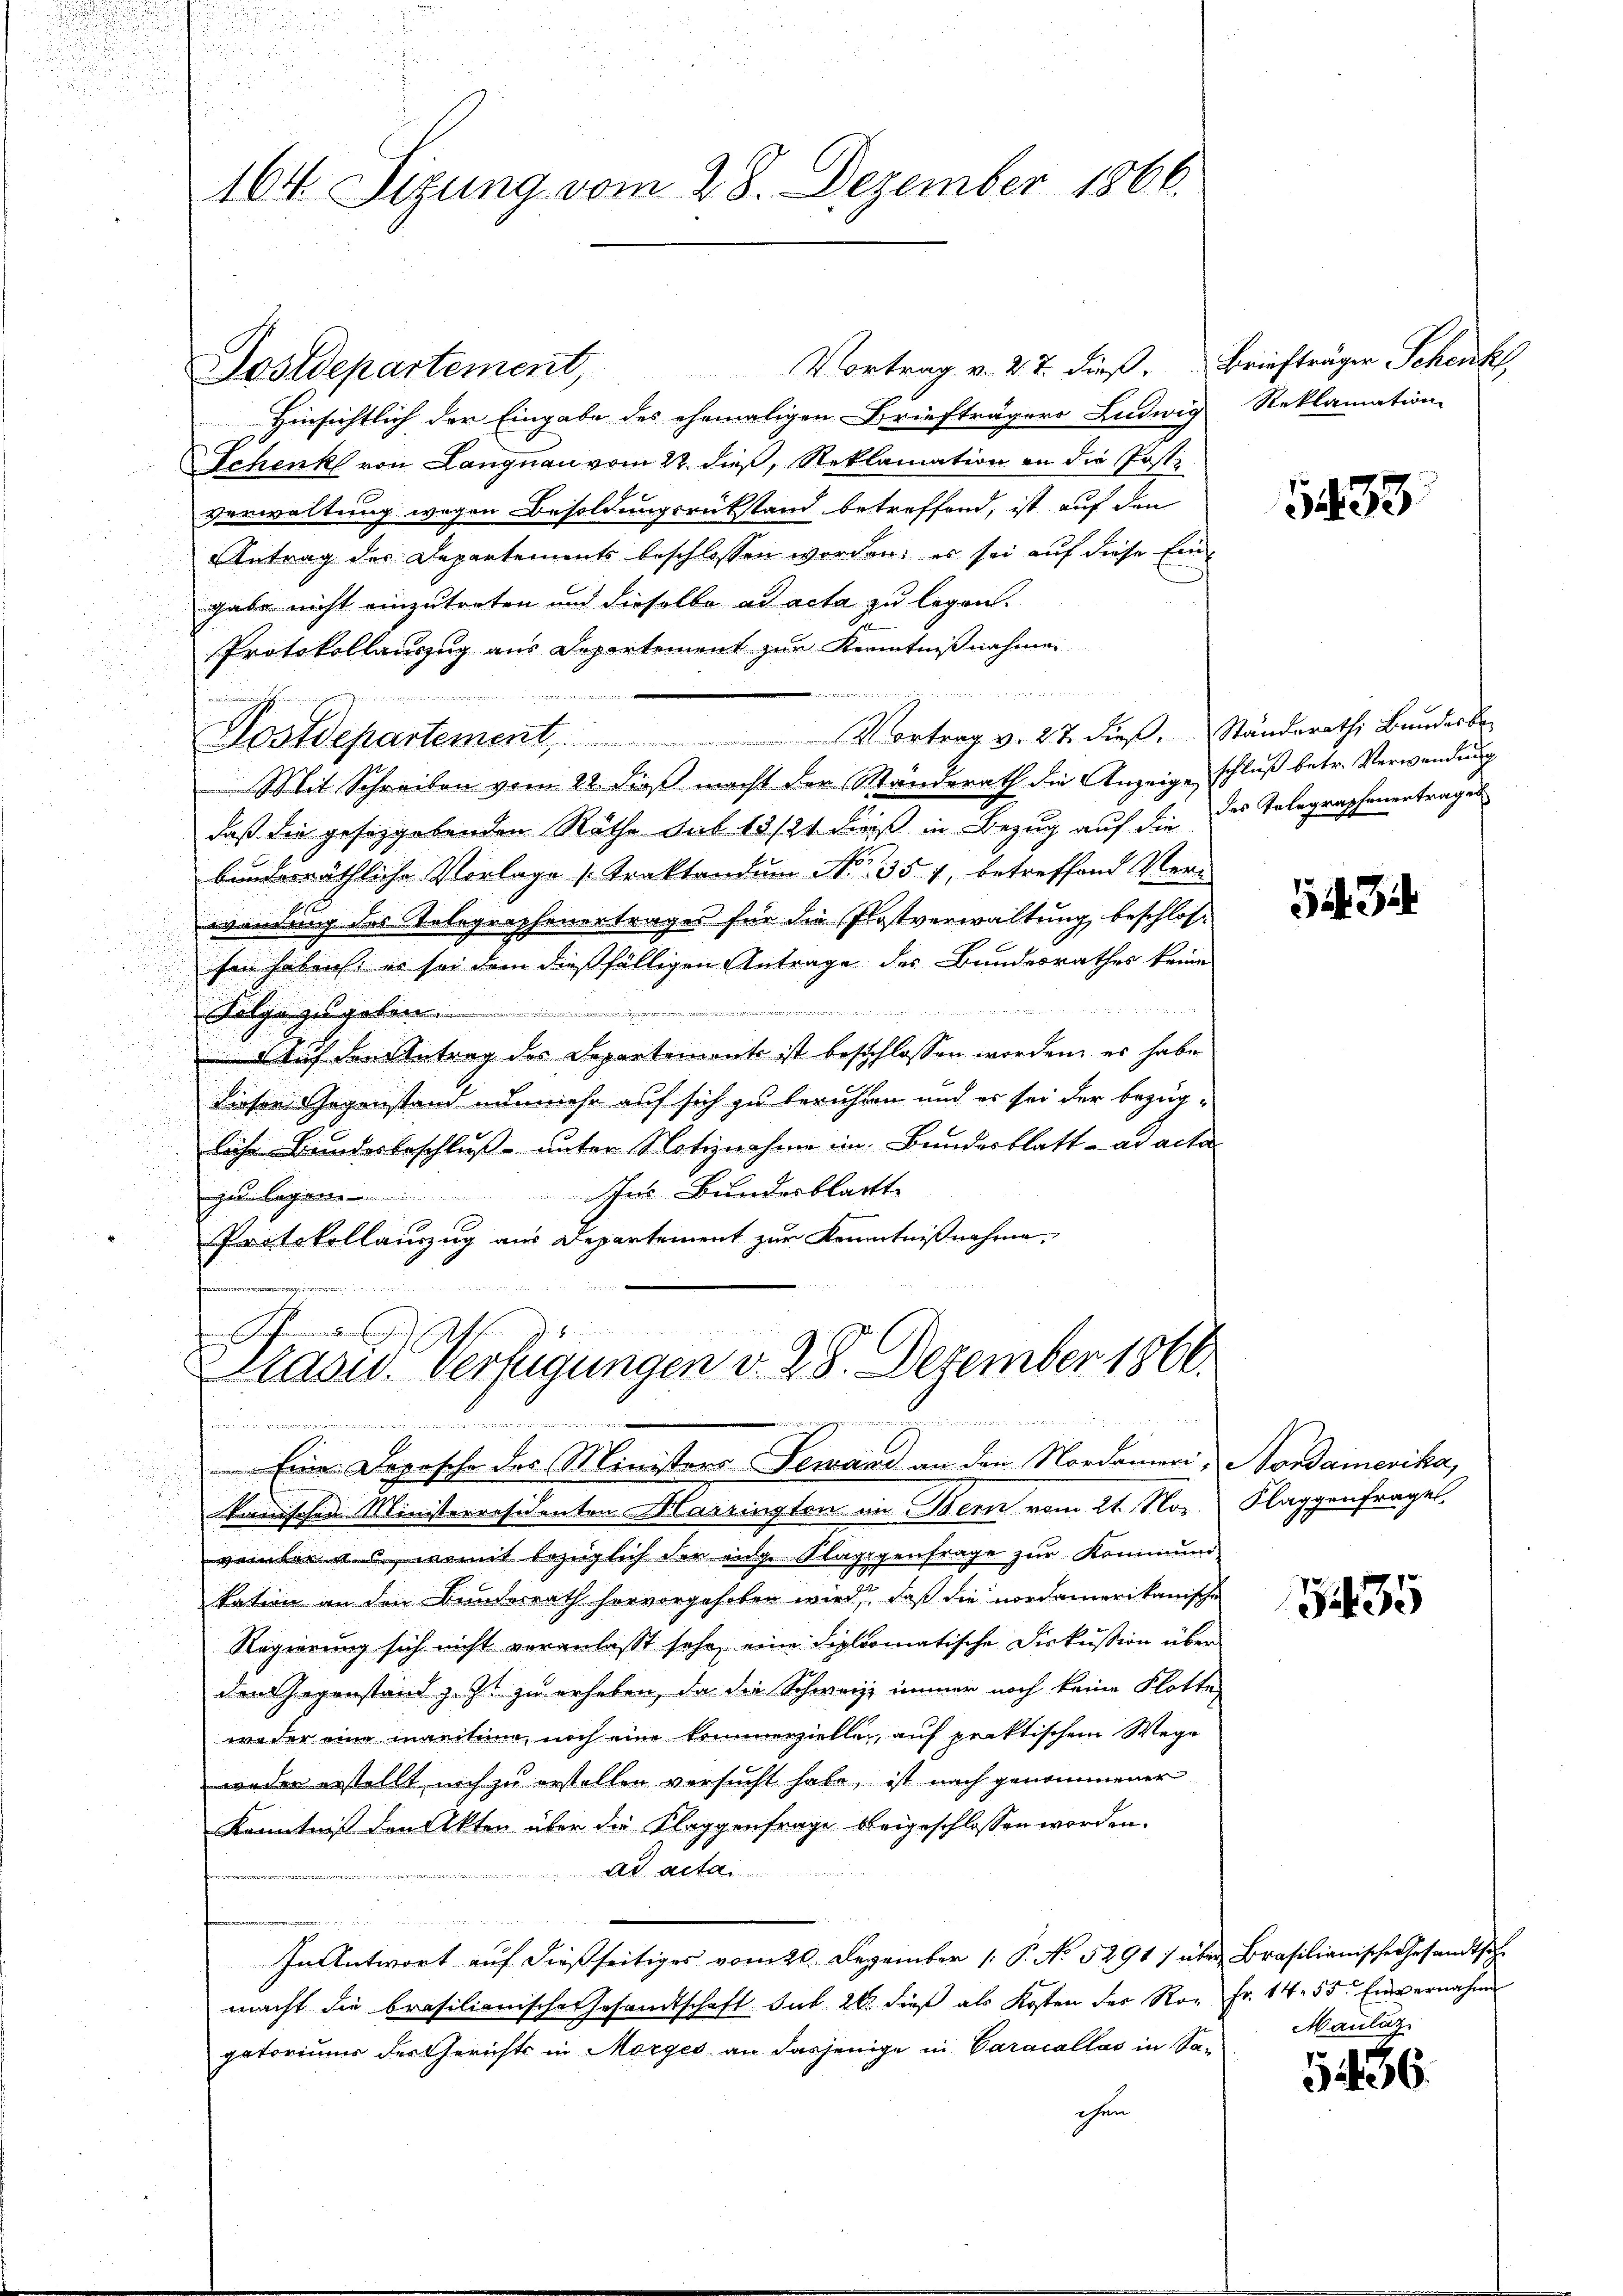
164. Sizung vom 28. Dezember 1866.

Vortrag v. 27. dieß. Briefträger Schenkt,
Hinsichtlich der Eingabe des ehemaligen Briefträgers Ludwig
Schenk von Langnau vom 22. dieß, Reklamation an die Posti
verwaltung wegen Besoldungsrükstand betreffend, ist auf den
Antrag des Departements beschlossen worden; es sei auf diese Eingabe nicht einzutreten und dieselbe ad acta zu legen.
Protokollauszug aus Departement zur Kenntnißnahmen
e
id, die der oder
Lostdepartement, Vortrag v. 27. dieβ. Ständerath Bŭndesbe-
Mit Schreiben vom 22. dieß macht der Manderath die Anzeige schluß betr. Verwendung
daß die geseggebenden Räthe sub 13/21 dieß in Bezug auf die des Telegraphenentrages
bunderräthliche Vorlage (Traktandum No. 351, betreffend Verwandung des Telegraphenertrages für die Plastverwaltung beschloshen haben: es sei dem dießfälligen Antrage des Bundesrathes keine
.
i
Folge zu geben.
Auch den Antrag des Departement ist beschlossen worden, er habe
dieser Gegenstand nunmehr auf sich zu beruhten und es sei der bezüg¬
u
liche Bundesbeschluß unter Notiznahme im Bundesblatt - ad acta
Ins Bundesblatt
.
Protokollauszug aus Departement zur Kenntnißnahme,
Pat
Casus Verfügungen v. 28. Dezember 1866.
lan die der die
un und dem
unden
 Eine Depesche des Ministers Lewand an den Nordameri, Nordamerika,
kanischen Ministerresidenten Marsinsten in Bern vom 21. Nov. Klaggenfrage
vember uns, womit bezüglich der eige Klagegenfrage zur Kommung,
kation an den Bundesrath hervorgehoben wird, daß die nordamerikanische
Regierung sich nicht voranlasst sehe, eine diplomatische Diskußion über
den Gegenstand z. Zt. zu erheben, da die Schweiz immer noch keine Flotte
weder eine maritum, noch eine kommerzielle, auf praktischem Wege
weder erstellt noch zu erstellen versucht habe, ist nach genommener
Kenntniß den Akten über die Klaggenfrage beigeschlossen worden.
ad acta
In Antwort auf dießseitiges vom 20. Dezember 1 P. No 5291) über Brasilianische Gesandtsch-
macht die Brasilienische Gesandtschaft sub 20. dieβ als Kosten der Ro- Fr. 14. 55. Einvernahme
gatoriums des Gerichts in Morges an dasjenige in Caracallas in Sa-
chen

Postdepartement,

Reklamation

133

54. Di

435

Maulaz

5436.